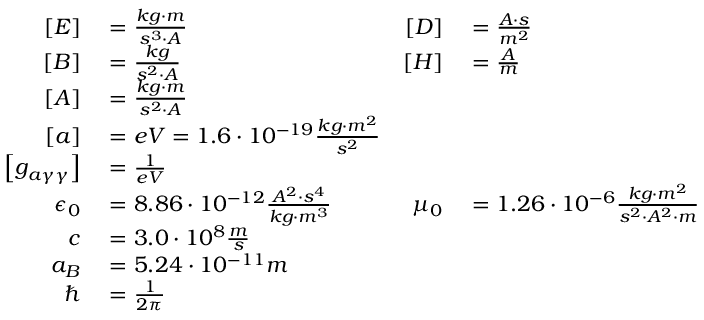
\begin{array} { r l r l } { \left[ E \right] } & { { } = \frac { k g \cdot m } { s ^ { 3 } \cdot A } \qquad } & { \left[ D \right] } & { { } = \frac { A \cdot s } { m ^ { 2 } } } \\ { \left[ B \right] } & { { } = \frac { k g } { s ^ { 2 } \cdot A } \qquad } & { \left[ H \right] } & { { } = \frac { A } { m } } \\ { \left[ A \right] } & { { } = \frac { k g \cdot m } { s ^ { 2 } \cdot A } } \\ { \left[ a \right] } & { { } = e V = 1 . 6 \cdot 1 0 ^ { - 1 9 } \frac { k g \cdot m ^ { 2 } } { s ^ { 2 } } } \\ { \left[ g _ { a \gamma \gamma } \right] } & { { } = \frac { 1 } { e V } } \\ { \epsilon _ { 0 } } & { { } = 8 . 8 6 \cdot 1 0 ^ { - 1 2 } \frac { A ^ { 2 } \cdot s ^ { 4 } } { k g \cdot m ^ { 3 } } \qquad } & { \mu _ { 0 } } & { { } = 1 . 2 6 \cdot 1 0 ^ { - 6 } \frac { k g \cdot m ^ { 2 } } { s ^ { 2 } \cdot A ^ { 2 } \cdot m } } \\ { c } & { { } = 3 . 0 \cdot 1 0 ^ { 8 } \frac { m } { s } } \\ { a _ { B } } & { { } = 5 . 2 4 \cdot 1 0 ^ { - 1 1 } m } \\ { \hbar } & { { } = \frac { 1 } { 2 \pi } } \end{array}